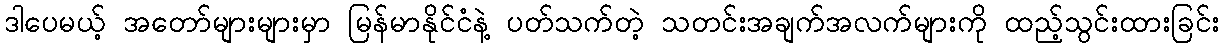
ဒါပေမယ့် အတော်များများမှာ မြန်မာနိုင်ငံနဲ့ ပတ်သက်တဲ့ သတင်းအချက်အလက်များကို ထည့်သွင်းထားခြင်း